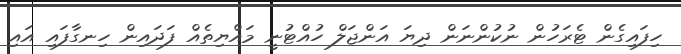
ހިފައިގެން ޓެރަހުން ނުކުންނަން ދިޔަ އަންޖަލް ހުއްޓުނީ މައްޔިތެއް ފަދައިން ހިނގާފައި އައި